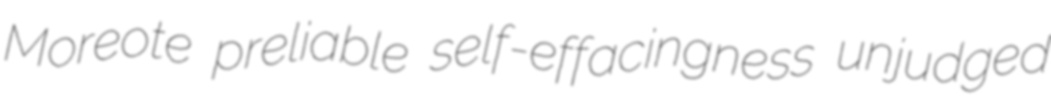
Moreote preliable self-effacingness unjudged